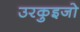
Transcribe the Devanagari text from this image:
उरकुइजो